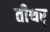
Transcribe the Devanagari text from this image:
तीथर्